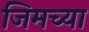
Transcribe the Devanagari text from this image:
जिमच्या